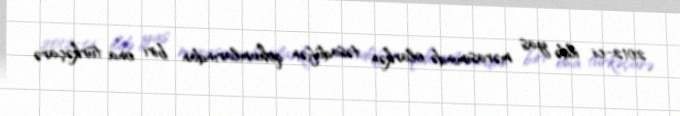
2012-ci ildə yas mərasimində olarkən təsadüfən qohumlarından biri ona türkəçarə